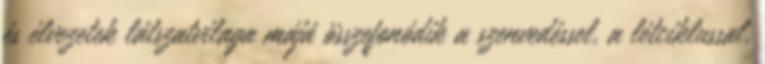
és élvezetek látszatvilaga májá összefonódik a szenvedéssel, a létciklussal,